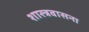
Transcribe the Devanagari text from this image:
शास्त्रवासना